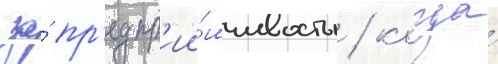
за́ пр'едпр'ии́мчивость / когда́